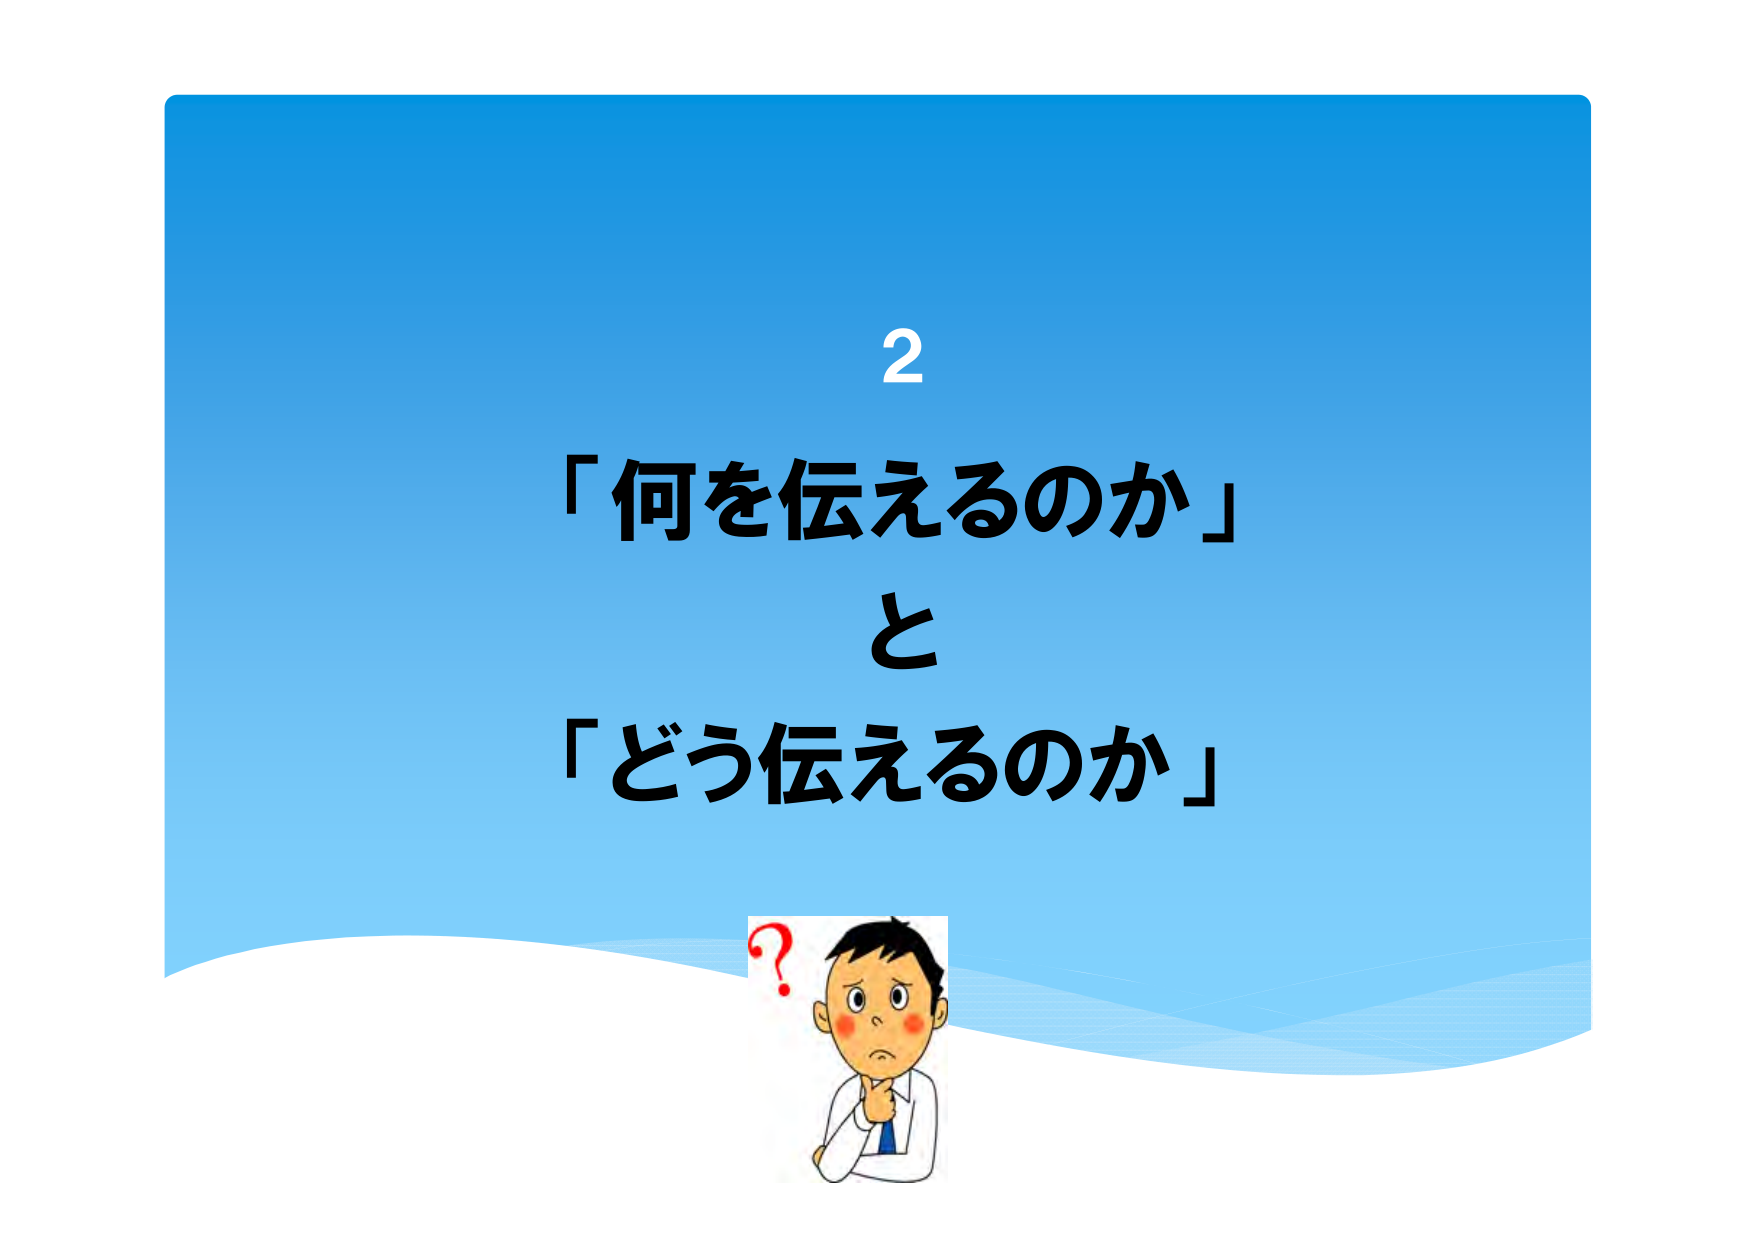
2
「何を伝えるのか」
と
「どう伝えるのか」